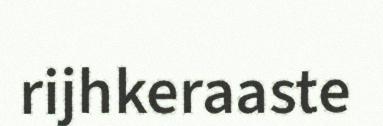
rijhkeraaste